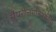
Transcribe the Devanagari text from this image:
सैपरोलगनियोसिस